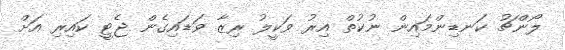
ލޯންޗު ކަނޑިންމައިން ނުކުތް އިރު ވަކީލު ރިޒާ ވަޑައިގެން ޖެޓީ ކައިރި އަށް